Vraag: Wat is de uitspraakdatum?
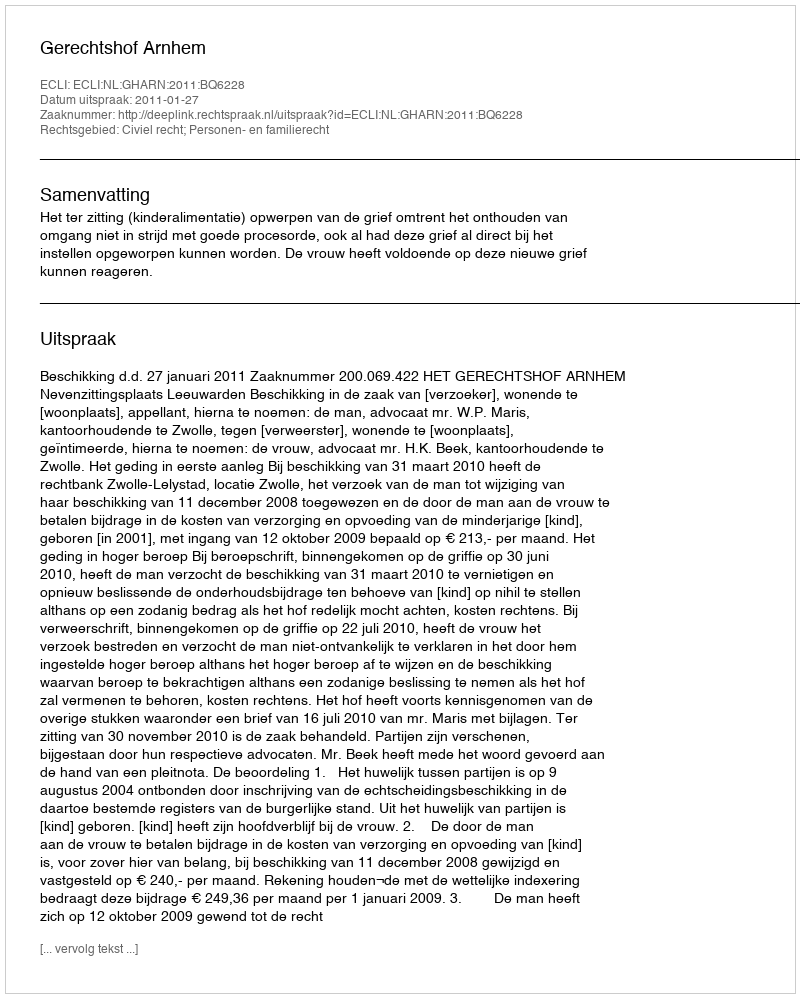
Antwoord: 2011-01-27